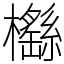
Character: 櫾